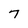
Character: 7